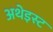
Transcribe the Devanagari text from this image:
अथेइस्ट